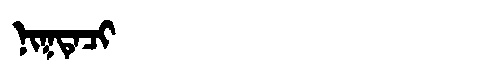
Manchu: ᠨᡳᡴᡨᡝᠴᡳ
Romanization: NIKTECI